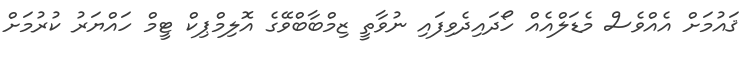
ޤައުމަށް އެއްވެސް މެޑަލްއެއް ހޯދައިދެވިފައި ނުވާތީ ޒިމްބާބްވޭގެ އޮލިމްޕިކް ޓީމް ހައްޔަރު ކުރުމަށް